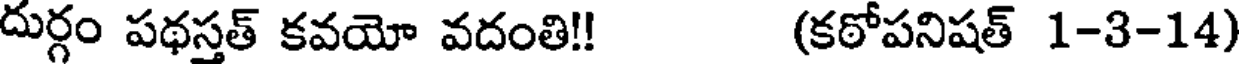
దుర్గం పథస్తత్ కవయో వదంతి!! (కఠోపనిషత్ 1-3-14)